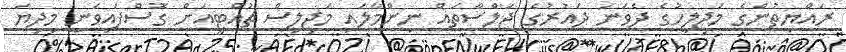
ރައްޔިތުންގެ މަޖިލީހުގެ ދެވަނަ ދައުރުގެ ޖަލްސާތައް ނިންމާލައި މަޖިލިސް ޗުއްޓީއަށް ގޮސްފައިވަނީ މިދިޔަ